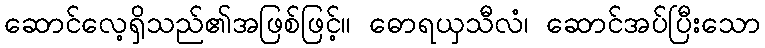
ဆောင်လေ့ရှိသည်၏အဖြစ်ဖြင့်။ ဓောရယှသီလံ၊ ဆောင်အပ်ပြီးသော